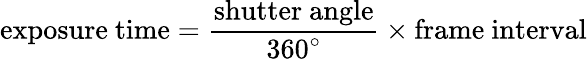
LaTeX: \mathrm{exposure\ time}={\frac{\mathrm{shutter\ angle}}{360^{\circ}}}\times\mathrm{frame\ interval}